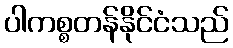
ပါကစ္စတန်နိုင်ငံသည်